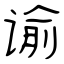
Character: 谕